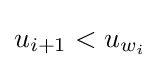
u_{i+1}<u_{w_{i}}